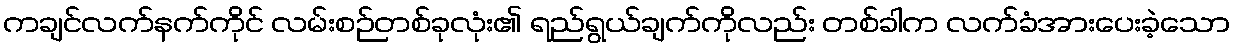
ကချင်လက်နက်ကိုင် လမ်းစဉ်တစ်ခုလုံး၏ ရည်ရွယ်ချက်ကိုလည်း တစ်ခါက လက်ခံအားပေးခဲ့သော